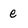
Character: e